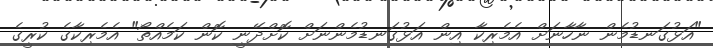
"އަޅުގަނޑުމެން ނާހާނަށް އެމެރިކާ އިން އަޅުގަނޑުމެންނަށް ކޮށްދޭނީ ކޮން ކަމެއްތޯ" އެމެރިކާގެ ކުރީގެ